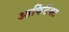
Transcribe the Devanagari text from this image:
आर्किटैक्ट